Vaccination in the Punjab 1897-1904 - 1897-1904
Year: 1897
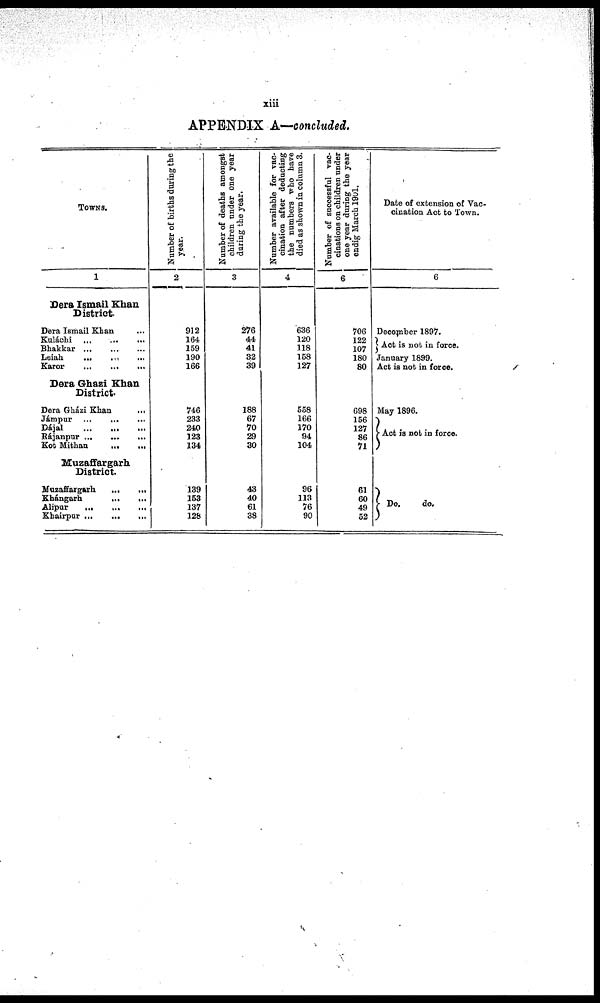
xiii
APPENDIX A—concluded.
TOWNS.
1
Sera Ismail Khan
District.
Dera Ismail Khan ...
Kuláchi
...
...
...
Bhakkar
...
...
...
Leiah
...
...
...
Karor
...
...
...
Dera Ghazi Khan
District.
Dera Gházi Khan
...
Jámpur ... ... ...
Dájal
...
...
...
Rájanpur
...
...
...
Kot Mithan
...
...
Muzaffargarh
District.
Muzaffargarh
...
...
Khángarh
...
...
Alipur
...
...
...
Khairpur
...
...
...
Number of births during the
year.
2
912
164
159
190
166
746
233
240
123
134
139
153
137
128
Number of deaths amongst
children under one year
during the year.
3
276
44
41
32
39
188
67
70
29
30
43
40
61
38
Number available for vac-
cination after deducting
the numbers who have
died as shown in column 3.
4
636
120
118
158
127
558
166
170
94
104
96
113
76
90
Number of successful vac-
cinations on children under
one year during the year
endig March 1901.
6
706
122
107
180
80
698
156
127
86
71
61
60
49
52
Date of extension of Vac-
cination Act to Town.
6
December 1897.
Act is not in force.
January 1899.
Act is not in force.
May 1896.
Act is not in force.
Do.
do.